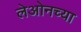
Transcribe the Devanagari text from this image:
लेओनच्या